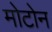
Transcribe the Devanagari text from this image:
मोटोन